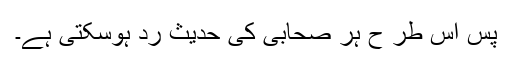
پس اس طر ح ہر صحابی کی حدیث رد ہوسکتی ہے۔